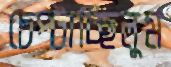
চেপ্‌টাচ্ছিলুম